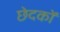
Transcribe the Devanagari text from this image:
छेदकों